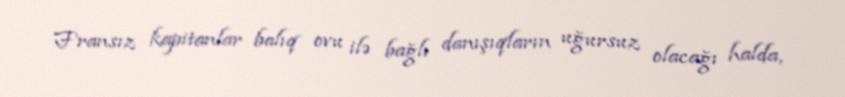
Fransız kapitanlar balıq ovu ilə bağlı danışıqların uğursuz olacağı halda,